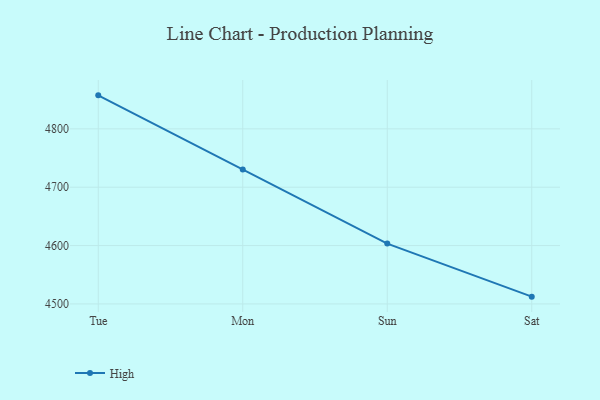
{"axis": {"x": "Day", "y": "Tickets Resolved"}, "legend": ["High"], "data": [{"x": "Tue", "y": 4857.4, "type": "High"}, {"x": "Mon", "y": 4730.4, "type": "High"}, {"x": "Sun", "y": 4603.4, "type": "High"}, {"x": "Sat", "y": 4512.5, "type": "High"}]}